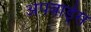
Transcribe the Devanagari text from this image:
अपवार्ड्स